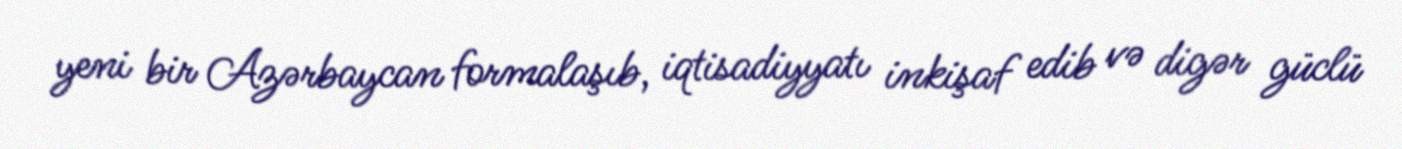
yeni bir Azərbaycan formalaşıb, iqtisadiyyatı inkişaf edib və digər güclü